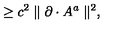
\geq c ^ { 2 } \parallel \partial \cdot A ^ { a } \parallel ^ { 2 } ,